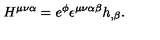
H ^ { \mu \nu \alpha } = e ^ { \phi } \epsilon ^ { \mu \nu \alpha \beta } h _ { , \beta } .